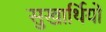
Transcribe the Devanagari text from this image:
सुखार्थियों